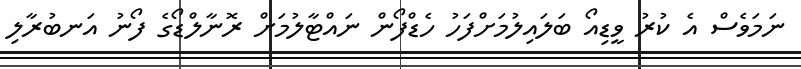
ނަމަވެސް އެ ކުރު ވީޑިއޯ ބަލައިލުމަށްފަހު ހެޑްފޯން ނައްޓާލުމަށް ރޮނާލްޑޯގެ ފޯނު އަނބުރާލި